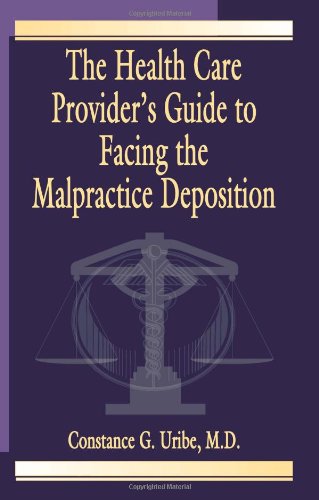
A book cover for The Health Care Provider's Guide to Facing the Malpractice Deposition; Constance G. Uribe  M.D.; Law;